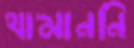
থামাননি